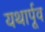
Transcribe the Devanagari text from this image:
यथार्पूव